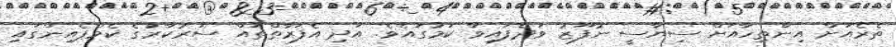
ތެރެއަށް އިންތިހާއަށް ސިޔާސީ ނުފޫޒު ވަދެފައިވާ ކަމުގައެވެ. އަދި އެފަރާތްތައް ސަރުކާރުގެ ކެމްޕެއިންގައި